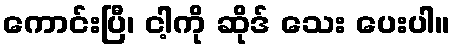
ကောင်းပြီ၊ ငါ့ကို ဆိုဒ် သေး ပေးပါ။